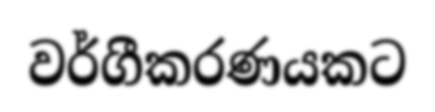
වර්ගීකරණයකට